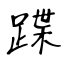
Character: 蹀